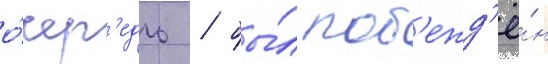
о́чер'едь / бы́л поб'ежд'ё́н